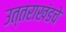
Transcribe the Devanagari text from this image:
उत्तराखंडचे